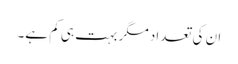
ان کی تعداد مگر بہت ہی کم ہے۔